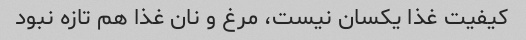
کیفیت غذا یکسان نیست، مرغ و نان غذا هم تازه نبود